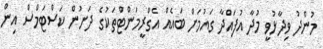
މުންދު ވިދާޅުވީ މުދާ އުފައްދާ ގައުމަށް ބައެއް އެގްރީމަންޓްތަކުގެ ދަށުން ކަސްޓަމްސް އިން